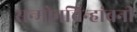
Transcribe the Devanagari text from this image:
सन्माेनचिन्हांबनी